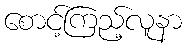
စောင့်ကြည့်လူနာ